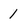
Character: 1